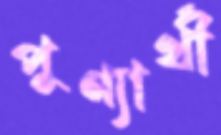
পুণ্যার্থী